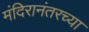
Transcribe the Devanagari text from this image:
मंदिरानंतरच्या